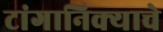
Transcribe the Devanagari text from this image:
टांगानिक्याचे